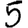
Digit: 5